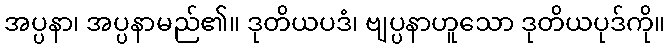
အပ္ပနာ၊ အပ္ပနာမည်၏။ ဒုတိယပဒံ၊ ဗျပ္ပနာဟူသော ဒုတိယပုဒ်ကို။